Lunatic asylums United Provinces 1899-1908 - 1899-1908
Year: 1899
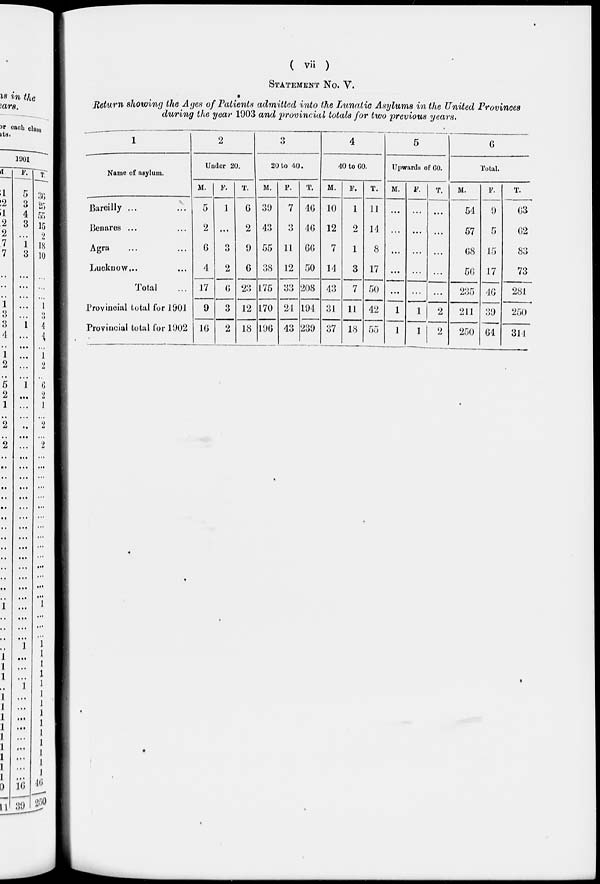
( vii )
STATEMENT NO. V.
Return showing the Ages of Patients admitted into the Lunalic Asylums in the United Provinces
during the year 1903 and provincial totals for two previous years.
1
Name of asylum.
Breilly ... ...
Benares ... ...
Agra ... ...
Lucknow ... ...
Total ...
Provincial total for 1901
Provincial total for 1902
2
Uuder 20.
M.
5
2
6
4
17
9
16
F.
1
...
3
2
6
3
2
T.
6
2
9
6
23
12
18
3
20 to 40.
M.
39
43
55
38
175
170
196
F.
7
11
12
33
24
43
T.
46
46
66
50
208
194
239
4
40 to 60.
M.
10
12
7
14
43
31
37
F.
1
2
1
3
7
11
18
T.
11
14
8
17
50
42
55
5
Upwards of 60.
M.
...
...
...
...
...
1
1
F.
...
...
...
...
...
1
1
T.
...
...
...
...
...
2
2
6
Total.
M.
54
57
68
56
235
211
250
F.
9
5
15
17
46
39
64
T.
63
62
83
73
281
250
314